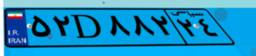
۵۲D۸۸۲۲۴